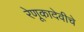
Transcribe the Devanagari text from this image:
रेणूकादेवीचे